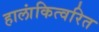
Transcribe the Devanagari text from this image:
हालांकित्वरित